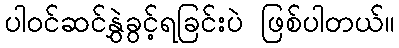
ပါဝင်ဆင်နွှဲခွင့်ရခြင်းပဲ ဖြစ်ပါတယ်။